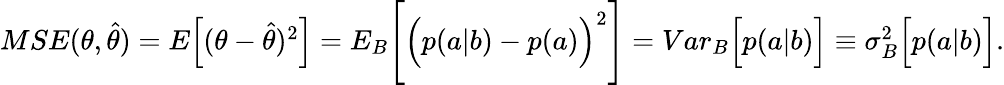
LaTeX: \begin{array}{r}{{MSE}(\theta,\hat{\theta})={E}\Big[(\theta-\hat{\theta})^{2}\Big]={E}_{B}\Bigg[\Big(p(a|b)-p(a)\Big)^{2}\Bigg]={Var}_{B}\Big[p(a|b)\Big]\equiv\sigma_{B}^{2}\Big[p(a|b)\Big].}\end{array}